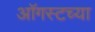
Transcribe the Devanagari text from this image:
आॅगस्टच्या